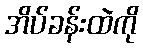
အိပ်ခန်းထဲကို